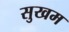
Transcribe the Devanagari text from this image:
सुखम